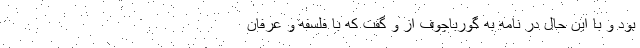
بود و با این حال در نامه به گورباچوف از و گفت که با فلسفه و عرفان